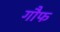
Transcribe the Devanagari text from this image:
गौफ